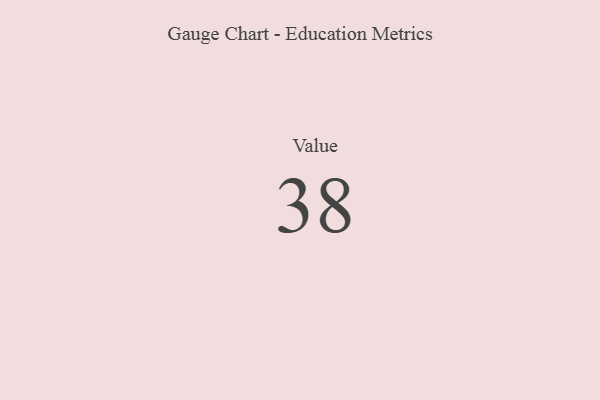
{"axis": {"x": "Metric", "y": "Value"}, "legend": [""], "data": [{"x": "Value", "y": 38, "type": ""}]}